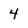
Character: 4